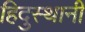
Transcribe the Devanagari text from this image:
हिदुस्थानी